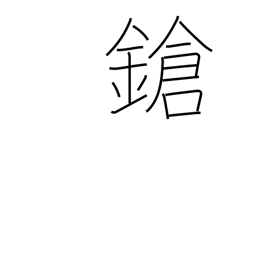
Meaning: lance